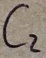
Text: C2